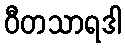
ဝီတသာရဒါ